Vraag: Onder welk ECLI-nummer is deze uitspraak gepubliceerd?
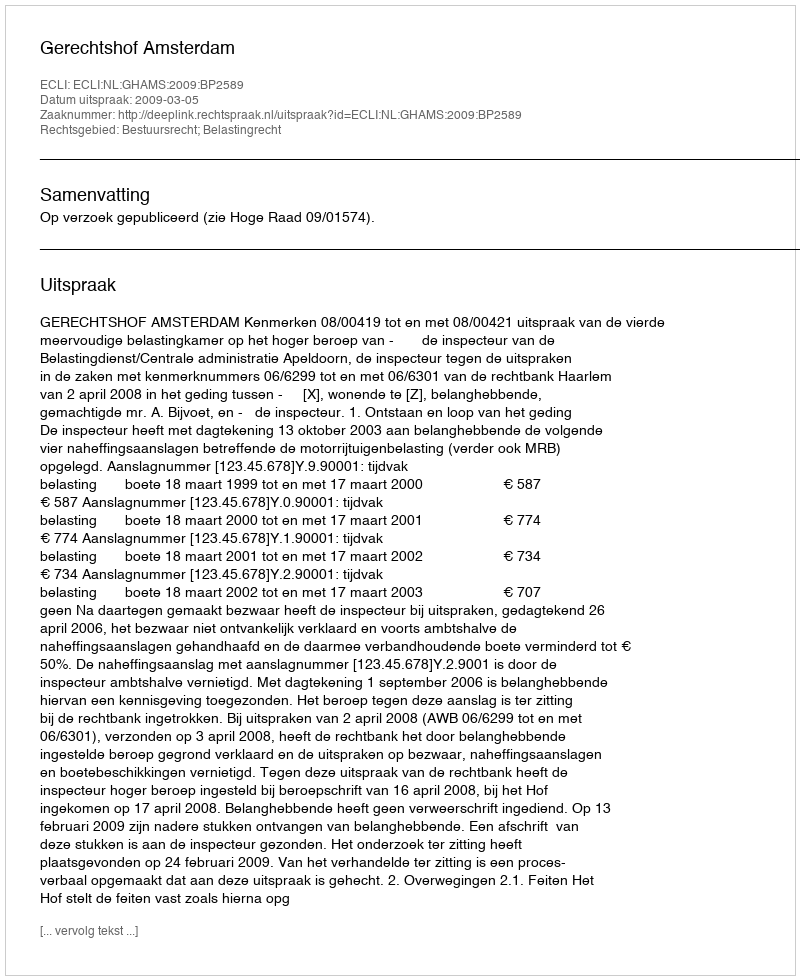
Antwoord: ECLI:NL:GHAMS:2009:BP2589